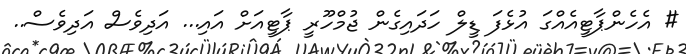
# އެހެންޕާޓީއެއްގަ އުޅެފަ ޑީލް ހަދައިގެން ޖުމްހޫރީ ޕާޓީއަށް އައި... އަދިވެސް އަދިވެސް..